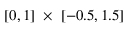
[ 0 , 1 ] \ \times \ [ - 0 . 5 , 1 . 5 ]